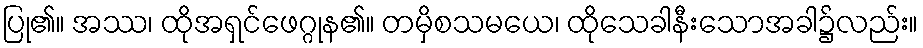
ပြု၏။ အဿ၊ ထိုအရှင်ဖေဂ္ဂုန၏။ တမှိစသမယေ၊ ထိုသေခါနီးသောအခါ၌လည်း။